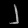
Digit: ၂